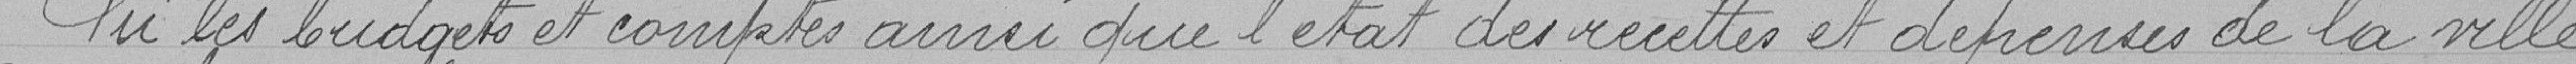
Vu les budgets et comptes ainsi que l'état des recettes et dépenses de la ville